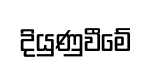
දියුණුවීමේ